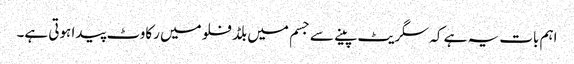
اہم بات یہ ہے کہ سگریٹ پینے سے جسم میں بلڈ فلو میں رکاوٹ پیدا ہوتی ہے۔